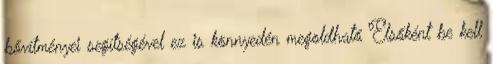
bővítményei segítségével ez is könnyedén megoldható Elsőként be kell